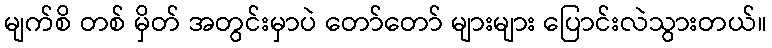
မျက်စိ တစ် မှိတ် အတွင်းမှာပဲ တော်တော် များများ ပြောင်းလဲသွားတယ်။